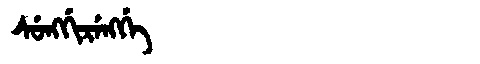
Manchu: ᠰᡠᠩᡤᡳᡵᡝᠩᡤᡝ
Romanization: SUNGGIRENGGE